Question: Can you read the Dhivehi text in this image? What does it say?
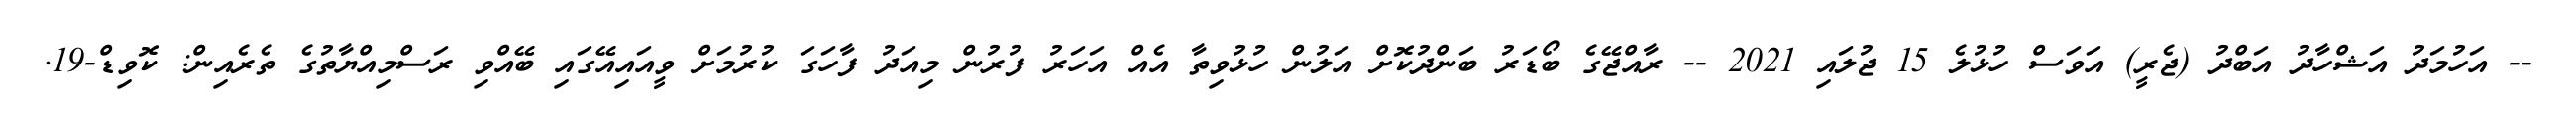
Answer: -- އަހުމަދު އަޝްހާދު އަބްދު (ޖެރީ) އަވަސް ހުޅުލެ 15 ޖުލައި 2021 -- ރާއްޖޭގެ ބޯޑަރު ބަންދުކޮށް އަލުން ހުޅުވިތާ އެއް އަހަރު ފުރުން މިއަދު ފާހަގަ ކުރުމަށް ވީއައިއޭގައި ބޭއްވި ރަސްމިއްޔާތުގެ ތެރެއިން: ކޮވިޑް-19.